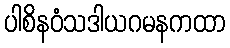
ပါစိနဝံသဒါယဂမနကထာ